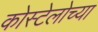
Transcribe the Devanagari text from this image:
कोस्टेलोच्या